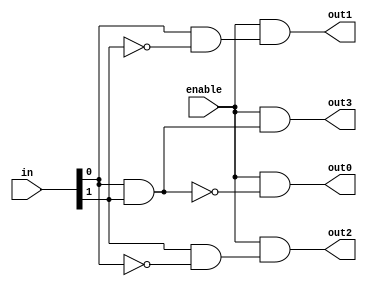
module demux_2to4 (
  input [1:0] in,
  input enable,
  output out0,
  output out1,
  output out2,
  output out3
);

  wire [3:0] select;

  // Decoder
  assign select[0] = ~(in[0] & in[1]);
  assign select[1] = in[0] & ~in[1];
  assign select[2] = in[1] & ~in[0];
  assign select[3] = in[0] & in[1];

  // MUX for output selection
  assign out0 = enable & select[0];
  assign out1 = enable & select[1];
  assign out2 = enable & select[2];
  assign out3 = enable & select[3];

endmodule